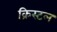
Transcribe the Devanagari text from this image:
क्रिस्‍टल